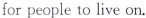
for people to live on.